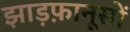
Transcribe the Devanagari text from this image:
झाड़फ़ानूसों